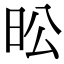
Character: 昖